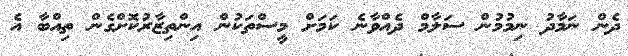
ދެން ނަމާދު ނިމުމުން ސަލާމް ދެއްވާނެ ކަމަށް މީސްތަކުން އިންތިޒާރުކޮށްގެން ތިއްބާ އެ